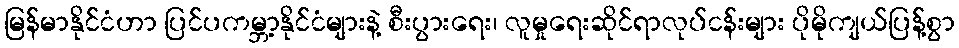
မြန်မာနိုင်ငံဟာ ပြင်ပကမ္ဘာ့နိုင်ငံများနဲ့ စီးပွားရေး၊ လူမှုရေးဆိုင်ရာလုပ်ငန်းများ ပိုမိုကျယ်ပြန့်စွာ